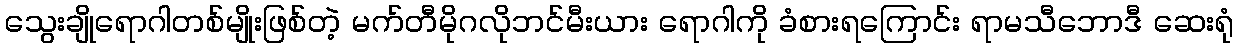
သွေးချိုရောဂါတစ်မျိုးဖြစ်တဲ့ မက်တီမိုဂလိုဘင်မီးယား ရောဂါကို ခံစားရကြောင်း ရာမသီဘောဒီ ဆေးရုံ